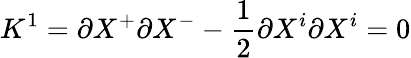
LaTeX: K^{1}=\partial X^{+}\partial X^{-}-\frac{1}{2}\partial X^{i}\partial X^{i}=0